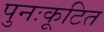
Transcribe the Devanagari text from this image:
पुनःकूटित